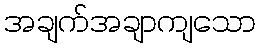
အချက်အချာကျသော